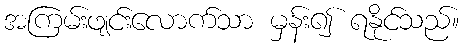
အကြမ်းဖျင်းလောက်သာ မှန်း၍ ရနိုင်သည်။